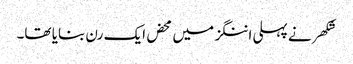
شکھر نے پہلی اننگز میں محض ایک رن بنایا تھا۔